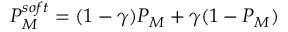
P _ { M } ^ { s o f t } = ( 1 - \gamma ) P _ { M } + \gamma ( 1 - P _ { M } )